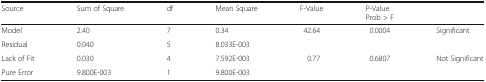
| Source | Sum of Square | df | Mean Square | F-Value | P-ValueProb > F |  |
 | --- | --- | --- | --- | --- | --- | --- |
 | Model | 2.40 | 7 | 0.34 | 42.64 | 0.0004 | Significant |
 | Residual | 0.040 | 5 | 8.033E-003 |  |  |  |
 | Lack of Fit | 0.030 | 4 | 7.592E-003 | 0.77 | 0.6807 | Not Significant |
 | Pure Error | 9.800E-003 | 1 | 9.800E-003 |  |  |  |